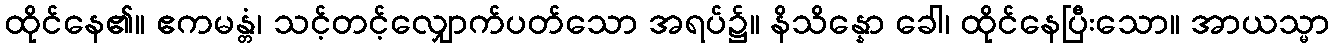
ထိုင်နေ၏။ ဧကမန္တံ၊ သင့်တင့်လျှောက်ပတ်သော အရပ်၌။ နိသိန္နော ခေါ၊ ထိုင်နေပြီးသော။ အာယသ္မာ